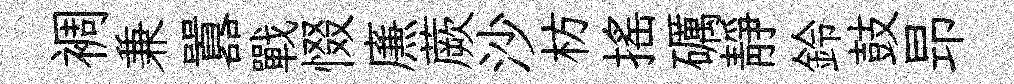
裯兼囂戰惙㢘蕨沙枋摇礪靜鈴鼓昻